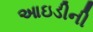
આઇડીની